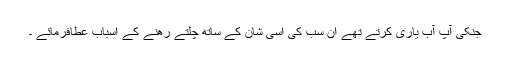
جنکی آپ آب یاری کرتے تھے ان سب کی اسی شان کے ساتھ چلتے رھنے کے اسباب عطافرمائے ۔